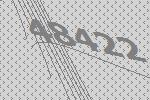
48422